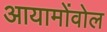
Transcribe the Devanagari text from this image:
आयामोंवोल